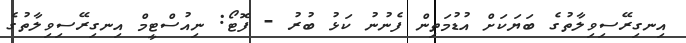
އިނގިރޭސިވިލާތުގެ ބަޔަކަށް އުޑުމަތިން ފެނުނު ކަޅު ބުރު - ފޮޓޯ: ނިއުސްޓީމް އިނގިރޭސިވިލާތުގެ